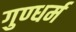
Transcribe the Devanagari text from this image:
गुण्धर्म